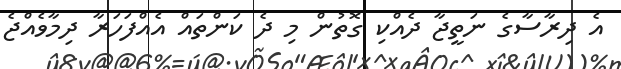
އެ ދިރާސާގެ ނަތީޖާ ދެއްކި ގޮތުން މި ދެ ކަންތައް އެއްފަހަރާ ދިމާވެއްޖެ